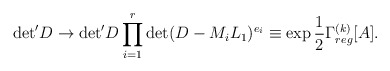
\begin{align*}{\det}'D \to{\det}'D \prod_{i=1}^r\det(D-M_iL_1)^{e_i}\equiv\exp\frac{1}{2}\Gamma_{reg}^{(k)}[A]. \end{align*}